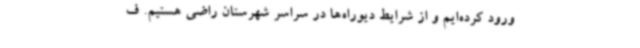
ورود کرده‌ایم و از شرایط دیوراه‌ها در سراسر شهرستان راضی هستیم. ف